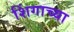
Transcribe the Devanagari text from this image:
शिंगाच्या